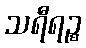
သရီရဉ္စ